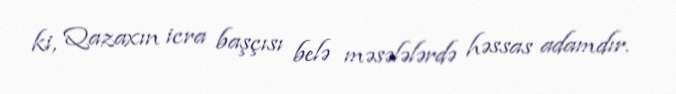
ki, Qazaxın icra başçısı belə məsələlərdə həssas adamdır.